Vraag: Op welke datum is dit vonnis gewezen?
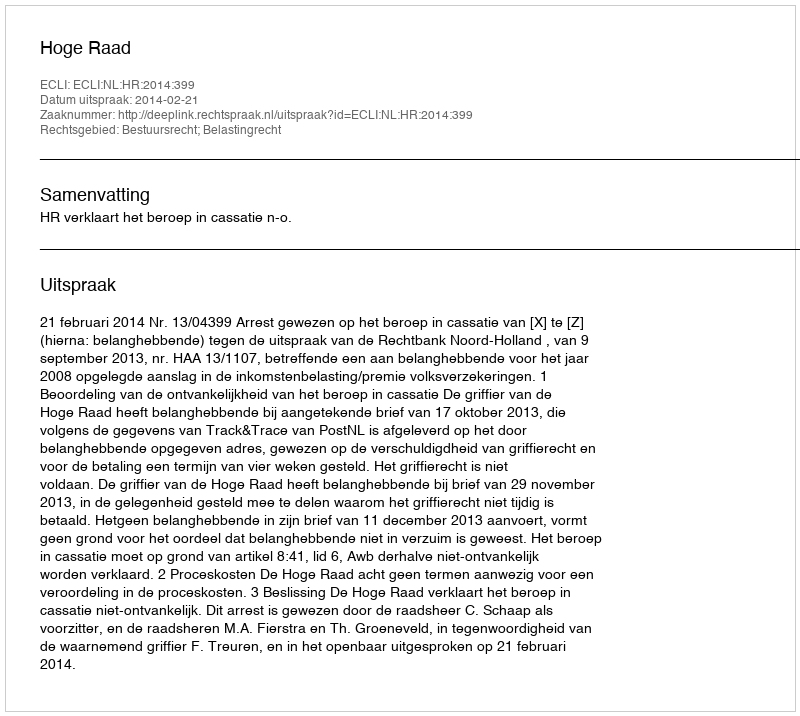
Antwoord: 2014-02-21